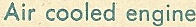
Air cooled enging